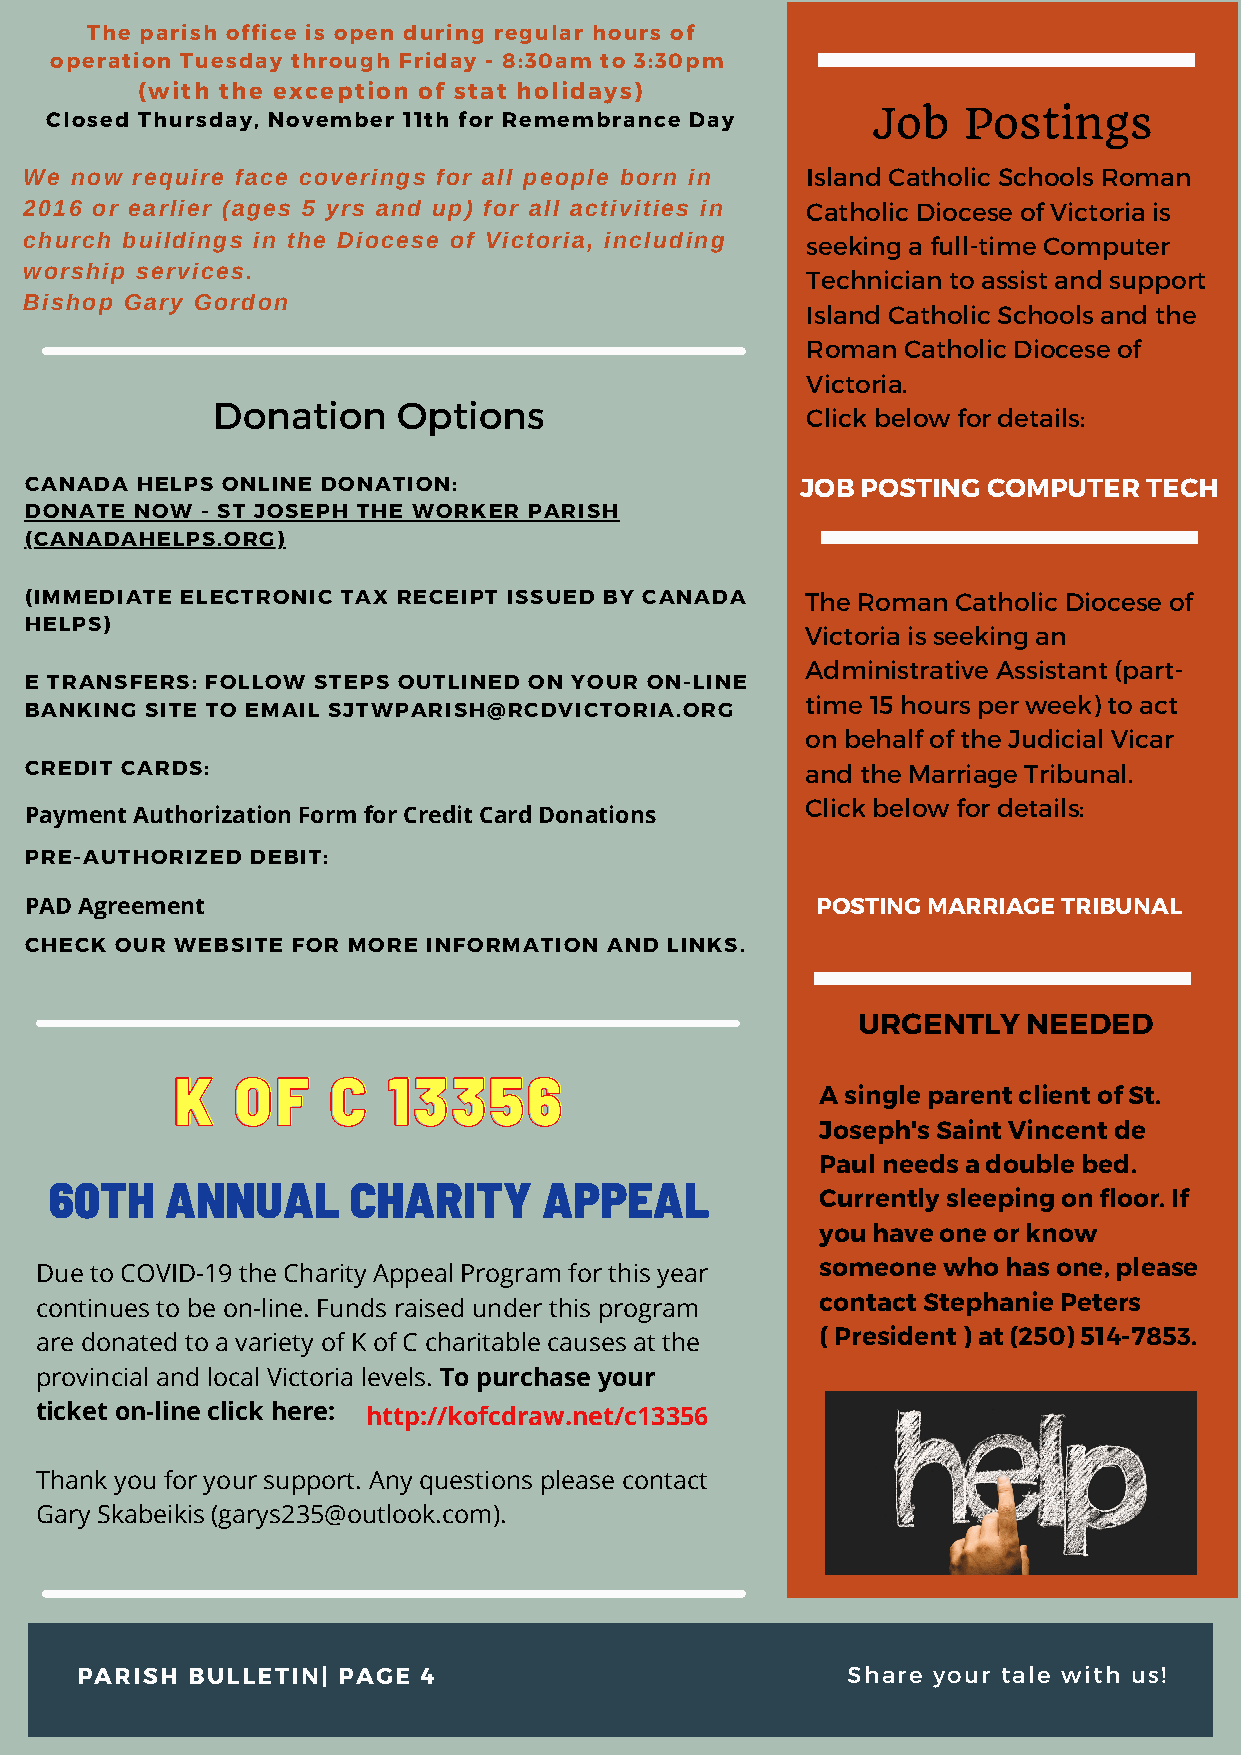
The parish office is open during regular hours of
 operation Tuesday through Friday - 8:30am to 3:30pm
 (with the exception of stat holidays)
 Closed Thursday, November 11th for Remembrance Day     Job   Postings
 We now require face coverings for all people born in Island Catholic Schools Roman
 2016 or earlier (ages 5 yrs and up) for all activities in Catholic Diocese of Victoria is
 church buildings in the Diocese of Victoria, including seeking a full-time Computer
 worship services.
 Technician to assist and support
 Bishop Gary Gordon
 Island Catholic Schools and the
 Roman  Catholic Diocese of
 Victoria.
 Donation    Options
 Click below for details:
 CANADA HELPS ONLINE DONATION:                      JOB POSTING COMPUTER   TECH
 DONATE NOW - ST JOSEPH THE WORKER PARISH
 (CANADAHELPS.ORG)
 (IMMEDIATE ELECTRONIC TAX RECEIPT ISSUED BY CANADA The Roman Catholic Diocese of
 HELPS)
 Victoria is seeking an
 Administrative Assistant (part-
 E TRANSFERS: FOLLOW STEPS OUTLINED ON YOUR ON-LINE
 time 15 hours per week) to act
 BANKING SITE TO EMAIL SJTWPARISH@RCDVICTORIA.ORG
 on behalf of the Judicial Vicar
 CREDIT CARDS:                                      and the Marriage Tribunal.
 Click below for details:
 Payment Authorization Form for Credit Card Donations
 PRE-AUTHORIZED DEBIT:
 PAD Agreement                                       POSTING MARRIAGE TRIBUNAL
 CHECK OUR WEBSITE FOR MORE INFORMATION AND LINKS.
 URGENTLY   NEEDED
 KK  OOFF   CC  1133335566
 A single parent client of St.
 Joseph's Saint Vincent de
 Paul needs a double bed.
 60TH    ANNUAL      CHARITY      APPEAL
 Currently sleeping on floor. If
 you have one or know
 someone who  has one, please
 Due to COVID-19 the Charity Appeal Program for this year
 contact Stephanie Peters
 continues to be on-line. Funds raised under this program
 ( President ) at (250) 514-7853.
 are donated to a variety of K of C charitable causes at the
 provincial and local Victoria levels. To purchase your
 ticket on-line click here: http://kofcdraw.net/c13356
 Thank you for your support. Any questions please contact
 Gary Skabeikis (garys235@outlook.com).
 PARISH BULLETIN| PAGE  4                           Share your tale with us!